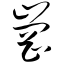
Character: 岗